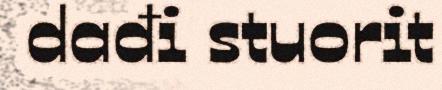
dađi stuorit